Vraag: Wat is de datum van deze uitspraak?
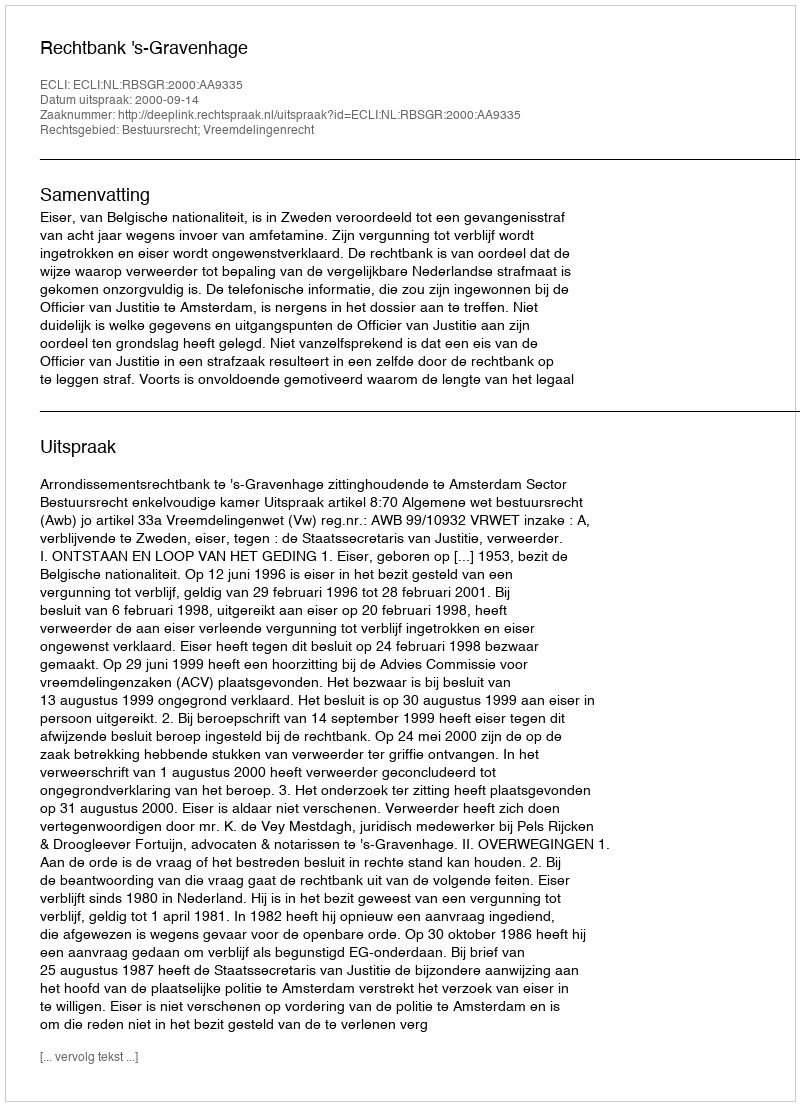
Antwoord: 2000-09-14